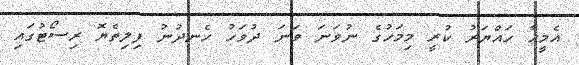
އެމީހާ ހައްޔަރު ކުރީ މިމަހުގެ ނުވަނަ ވަނަ ދުވަހު ހެނދުނު ފިލިތެޔޮ ރިސޯޓުގައި